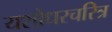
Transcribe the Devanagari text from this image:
यशोधरचरित्र